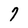
Character: 7